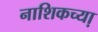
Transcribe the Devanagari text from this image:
नाशिकच्या़